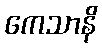
ကေသာနိ